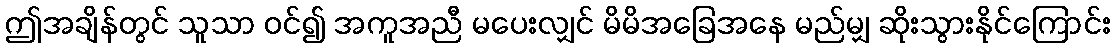
ဤအချိန်တွင် သူသာ ဝင်၍ အကူအညီ မပေးလျှင် မိမိအခြေအနေ မည်မျှ ဆိုးသွားနိုင်ကြောင်း